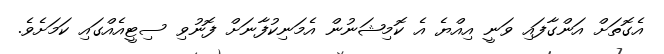
އެގޮތަށް އަންގާފައި ވަނީ އިއްޔެ އެ ކޮމިޝަނުން އެމަނިކުފާނަށް ފޮނުވި ސިޓީއެއްގައި ކަމަށެވެ.